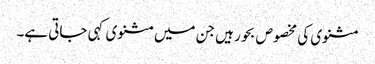
مثنوی کی مخصوص بحور ہیں جن میں مثنوی کہی جاتی ہے۔